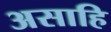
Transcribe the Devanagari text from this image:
असाहि